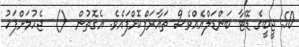
50 ޖީބީގެ ޑޭޓާ ބަންޑަލްއެއްވެސް ތައާރަފްކޮށްފައެވެ. އެގޮތުން  ()  ޖެހުމަށްފަހު